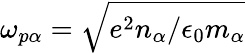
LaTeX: \omega_{p\alpha}=\sqrt{e^{2}n_{\alpha}/\epsilon_{0}m_{\alpha}}